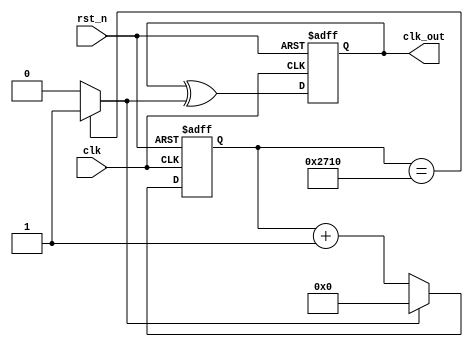
`timescale 1ns / 1ps
//////////////////////////////////////////////////////////////////////////////////
// Company: 
// Engineer: 
// 
// Design Name: 
// Module Name: freq_div2
// Project Name: 
// Target Devices: 
// Tool Versions: 
// Description: 
// 
// Dependencies: 
// 
// Revision:
// Revision 0.01 - File Created
// Additional Comments:
// 
//////////////////////////////////////////////////////////////////////////////////


module freq_div2(clk_out,clk,rst_n);
    
output reg  clk_out;
input clk;
input rst_n;

    reg [25:0] cnt;
    reg [25:0] cnt_tmp1;
    reg [25:0] cnt_tmp2;
    reg cmp;
    reg clk_tmp;

//1Hz    
    always@*
    begin
    clk_tmp = clk_out ^ cmp;
    cnt_tmp1 = cnt + 1'b1;
    end
    
    always@*
    if(cnt==14'd10000) cmp = 1;
    else cmp = 0;
    
    always@*
    if(cmp) cnt_tmp2 = 26'd0;
    else cnt_tmp2 = cnt_tmp1;
    
    always@(posedge clk or posedge rst_n)
    if(rst_n)
    begin
        cnt <= 26'd0;
        clk_out <= 1'b0;
    end
    else
    begin
        cnt <= cnt_tmp2;
        clk_out <= clk_tmp;
    end   
        
endmodule